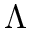
\Lambda